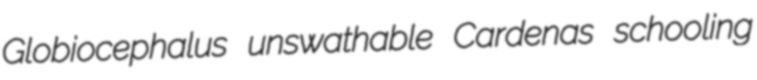
Globiocephalus unswathable Cardenas schooling